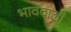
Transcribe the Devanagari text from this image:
भाववाली